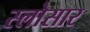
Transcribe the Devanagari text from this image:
स्लोसार